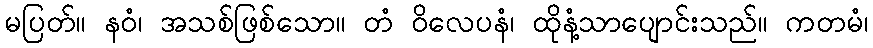
မပြတ်။ နဝံ၊ အသစ်ဖြစ်သော။ တံ ဝိလေပနံ၊ ထိုနံ့သာပျောင်းသည်။ ကတမံ၊